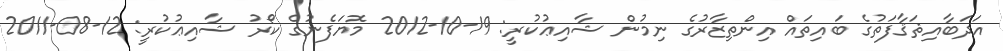
އަދަބާއިޘަޤާފަތުގެ ބައިތައް އިންތިޒާރުގެ ނިމުން ޝާއިޢުކުރީ: 19-10-2012 މޮޔަފެނުގެ ކޯރު ޝާއިޢުކުރީ: 12-08-2011